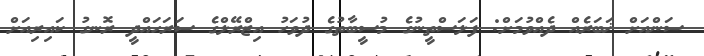
ސަންއަށް ޚަބަރެއް ދެއްވުމަށް: ފަލަސްތީނުގެ މުސީބާތުގެ ދުވަހު އިޒްރޭލްގެ ސަރަހައްދީ ރޮނގު ކައިރިއަށް